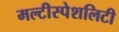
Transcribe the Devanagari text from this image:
मल्टीस्पेशलिटी